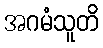
အဂမံသူတိ